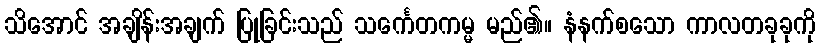
သိအောင် အချိန်းအချက် ပြုခြင်းသည် သင်္ကေတကမ္မ မည်၏။ နံနက်စသော ကာလတခုခုကို